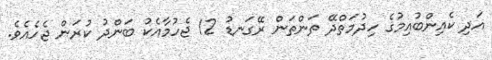
އަދި ކެއިންބުއިމުގެ ހިދުމަތްދޭ ތަންތަން ރޭގަނޑު 12 ޖެހުމާއެކު ބަންދު ކުރަން ޖެހެއެވެ.